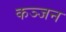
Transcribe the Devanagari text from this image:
कञ्जन